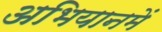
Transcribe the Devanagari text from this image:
अभियानमें